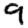
Digit: 9